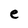
Character: e